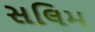
સલિમ